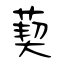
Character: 葜